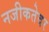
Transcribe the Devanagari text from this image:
नजीकतेवर